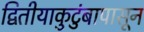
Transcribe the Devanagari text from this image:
द्वितीयाकुटुंबापासून